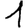
Digit: 1